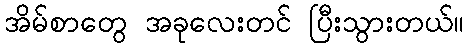
အိမ်စာတွေ အခုလေးတင် ပြီးသွားတယ်။